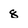
Character: 8